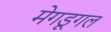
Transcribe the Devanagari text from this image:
मेगडूगल